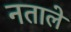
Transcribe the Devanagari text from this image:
नताले